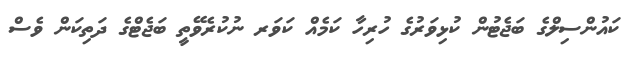
ކައުންސިލްގެ ބަޖެޓުން ކުޅިވަރުގެ ހުރިހާ ކަމެއް ކަވަރ ނުކުރެވޭތީ ބަޖެޓްގެ ދަތިކަން ވެސް